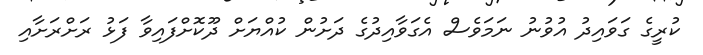
ކުރީގެ ގަވައިދު އުވުނު ނަމަވެސް އެގަވާއިދުގެ ދަށުން ކުއްޔަށް ދޫކޮށްފައިވާ ފަޅު ރަށްރަށާއި